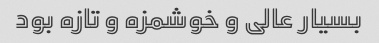
بسیار عالی و خوشمزه و تازه بود